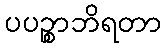
ပပဉ္စာဘိရတာ